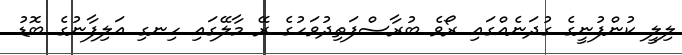
ލިލީ ކުންފުނީގެ ގުދަނެއްގައި ރޯވެ ބުރާސްފަތިދުވަހުގެ ރޭ މާލޭގައި ހިނގި އަލިފާނުގެ ބޮޑު